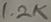
Text: 1.2K